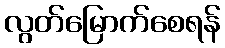
လွတ်မြောက်စေရန်